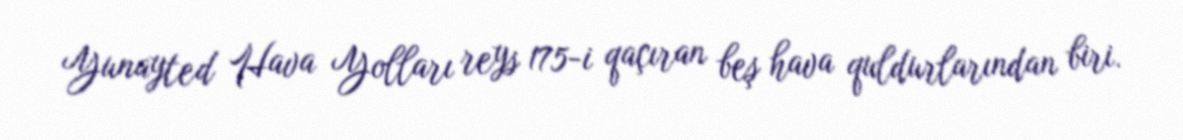
Yunayted Hava Yolları reys 175-i qaçıran beş hava quldurlarından biri.